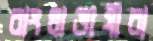
বাংলাভাষীরা